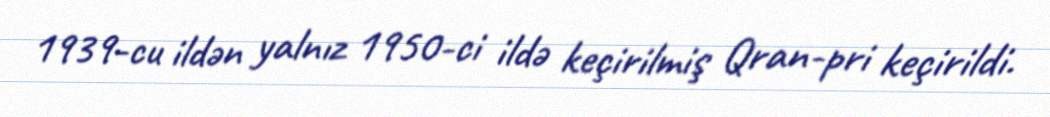
1939-cu ildən yalnız 1950-ci ildə keçirilmiş Qran-pri keçirildi.